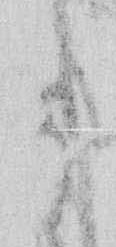
御